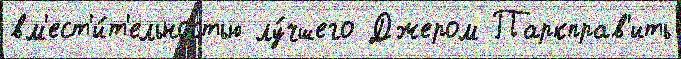
вм'ест'и́т'ельностью лу́чшего Джером Паркправ'ить